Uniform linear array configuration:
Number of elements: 4
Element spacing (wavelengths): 0.25
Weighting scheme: exponential
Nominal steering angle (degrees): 60
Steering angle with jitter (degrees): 59.623
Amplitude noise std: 0.05
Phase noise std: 0.05

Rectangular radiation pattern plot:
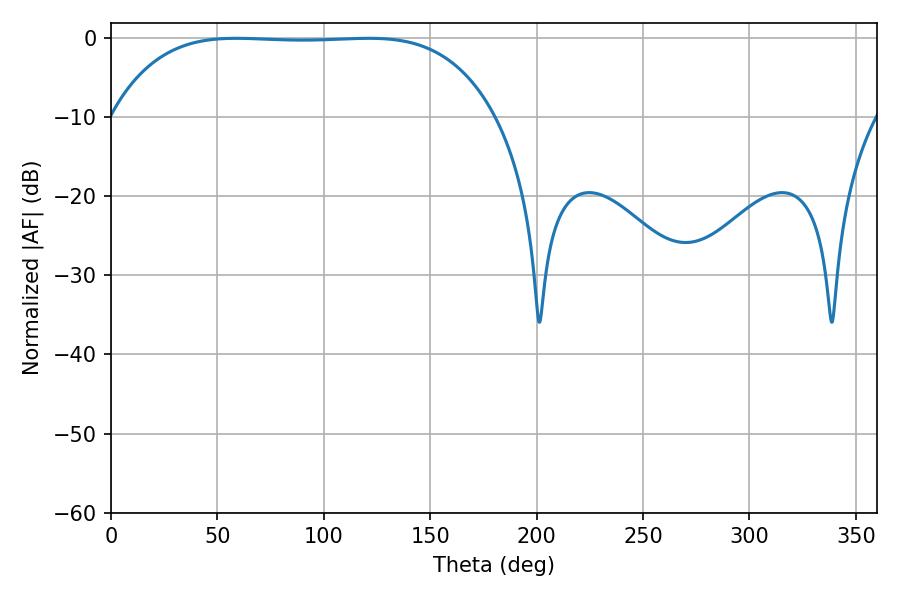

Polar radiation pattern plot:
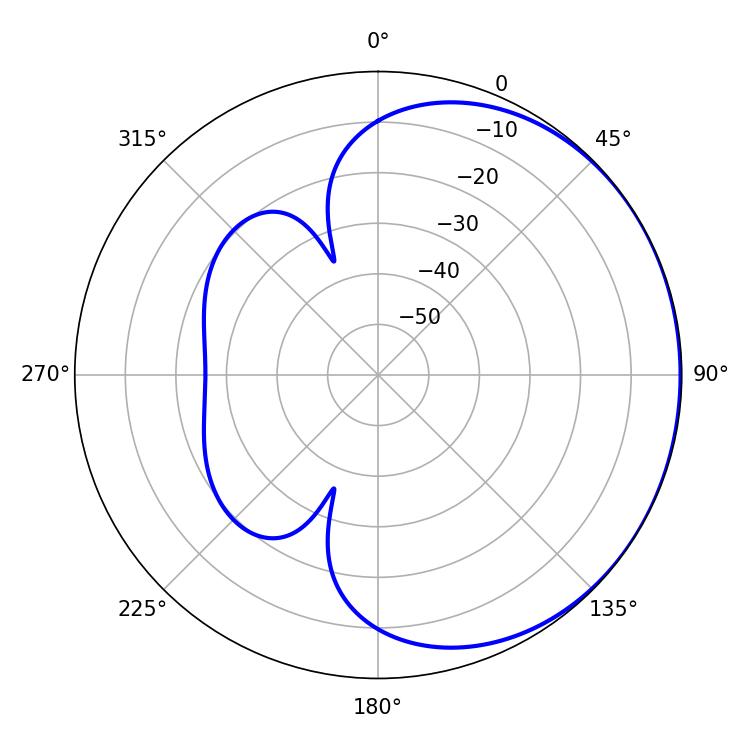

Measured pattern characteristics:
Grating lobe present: FALSE
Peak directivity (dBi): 0.5261
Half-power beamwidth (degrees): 139.68
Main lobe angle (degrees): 58.86